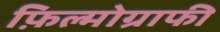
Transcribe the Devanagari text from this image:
फ़िल्मोग्राफी